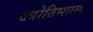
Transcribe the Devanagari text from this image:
ज्योतिष्शास्त्र